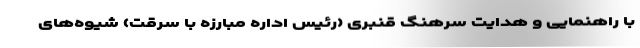
با راهنمایی و هدایت سرهنگ قنبری (رئیس اداره مبارزه با سرقت) شیوه‌های